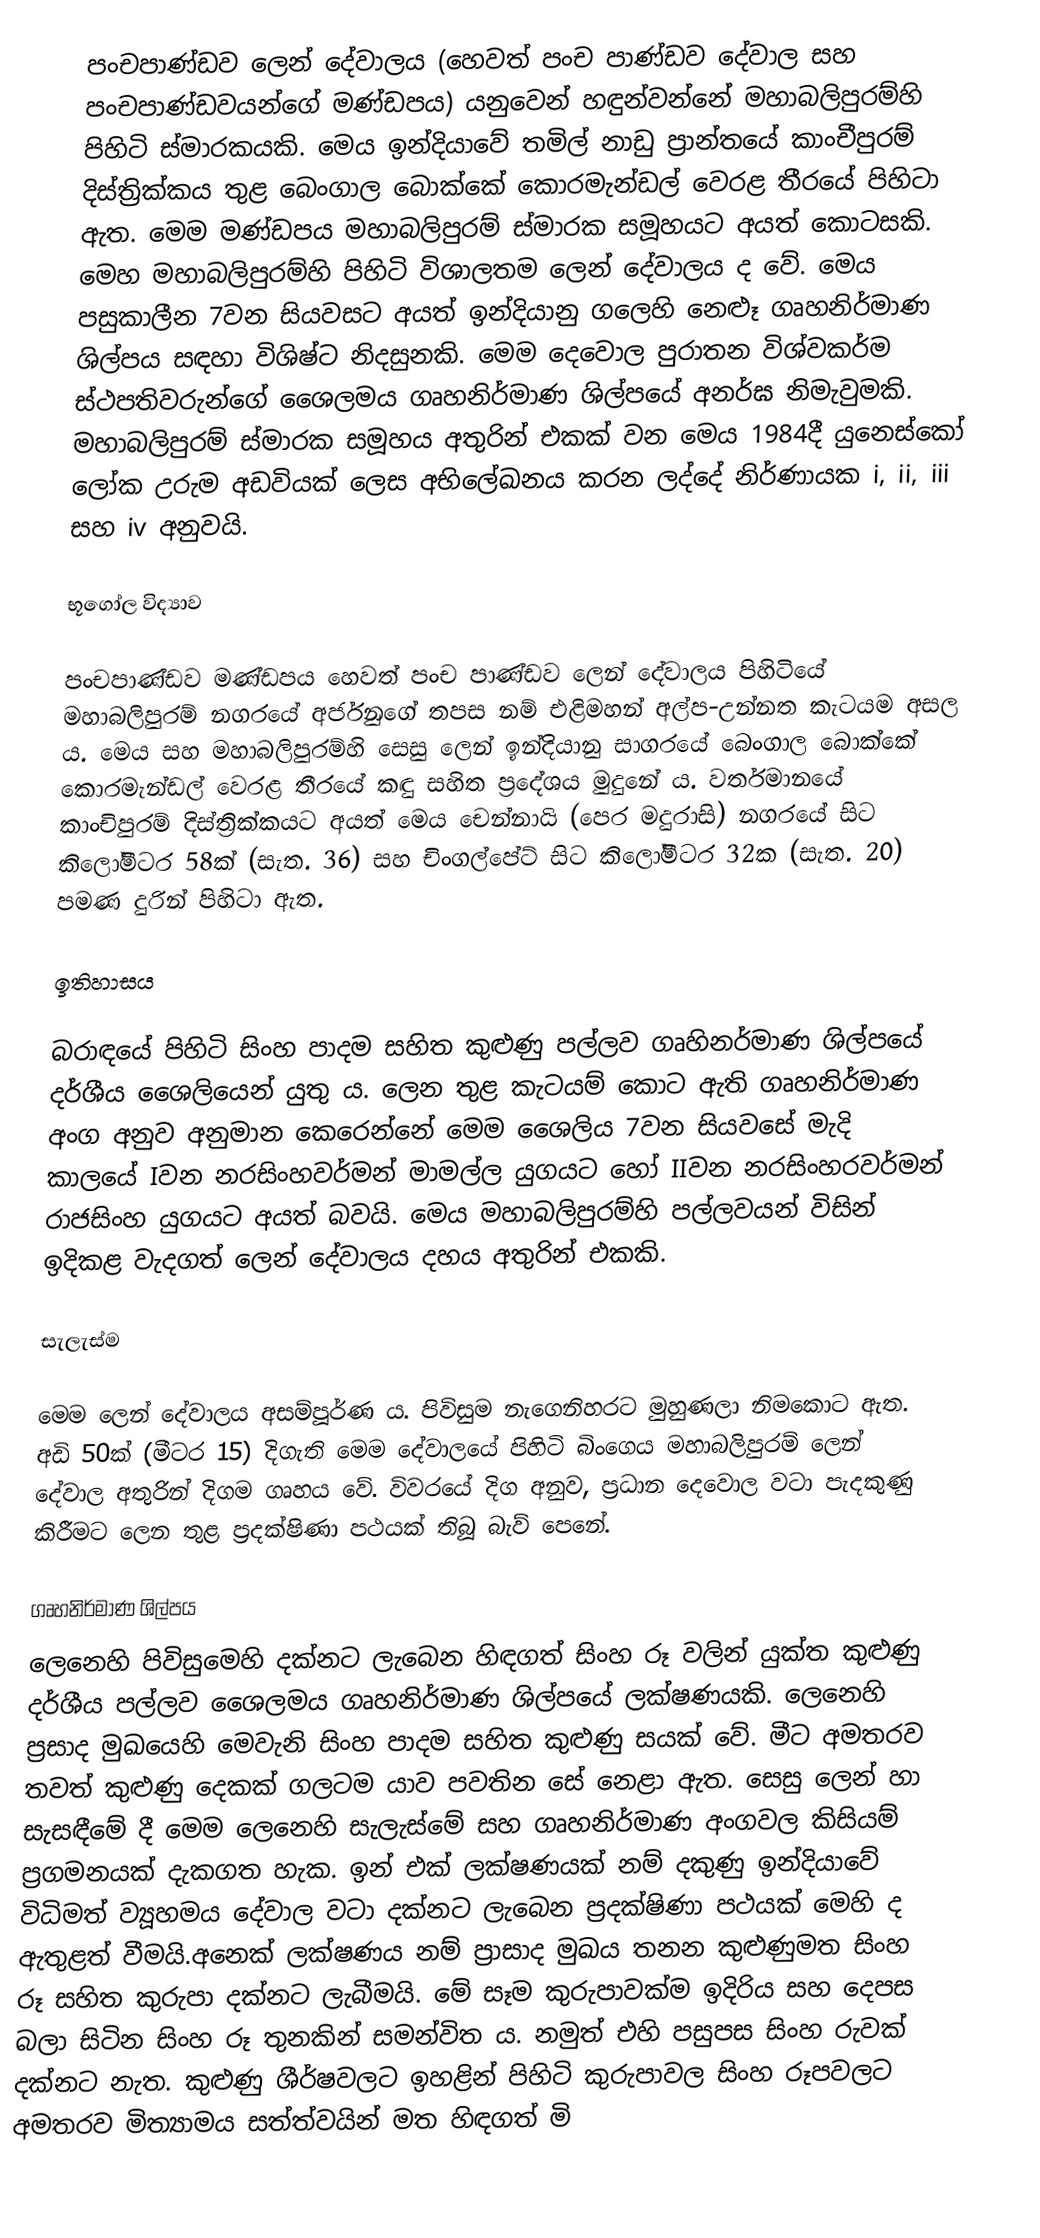
පංචපාණ්ඩව ලෙන් දේවාලය (හෙවත් පංච පාණ්ඩව දේවාල සහ පංචපාණ්ඩවයන්ගේ මණ්ඩපය) යනුවෙන් හඳුන්වන්නේ මහාබලිපුරම්හි පිහිටි ස්මාරකයකි. මෙය ඉන්දියාවේ තමිල් නාඩු ප්‍රාන්තයේ කාංචීපුරම් දිස්ත්‍රික්කය තුළ බෙංගාල බොක්කේ කොරමැන්ඩල් වෙරළ තීරයේ පිහිටා ඇත. මෙම මණ්ඩපය මහාබලිපුරම් ස්මාරක සමූහයට අයත් කොටසකි. මෙහ මහාබලිපුරම්හි පිහිටි විශාලතම ලෙන් දේවාලය ද වේ. මෙය පසුකාලීන 7වන සියවසට අයත් ඉන්දියානු ගලෙහි නෙළූ ගෘහනිර්මාණ ශිල්පය සඳහා විශිෂ්ට නිදසුනකි. මෙම දෙවොල පුරාතන විශ්වකර්ම ස්ථපතිවරුන්ගේ ශෛලමය ගෘහනිර්මාණ ශිල්පයේ අනර්ඝ නිමැවුමකි. මහාබලිපුරම් ස්මාරක සමූහය අතුරින් එකක් වන මෙය 1984දී යුනෙස්කෝ ලෝක උරුම අඩවියක් ලෙස අභිලේඛනය කරන ලද්දේ නිර්ණායක i, ii, iii සහ iv අනුවයි.

භූගෝල විද්‍යාව

පංචපාණ්ඩව මණ්ඩපය හෙවත් පංච පාණ්ඩව ලෙන් දේවාලය පිහිටියේ මහාබලිපුරම් නගරයේ අර්ජුනගේ තපස නම් එළිමහන් අල්ප-උන්නත කැටයම අසල ය. මෙය සහ මහාබලිපුරම්හි සෙසු ලෙන් ඉන්දියානු සාගරයේ බෙංගාල බොක්කේ කොරමැන්ඩල් වෙරළ තීරයේ කඳු සහිත ප්‍රදේශය මුදුනේ ය. වර්තමානයේ කාංචිපුරම් දිස්ත්‍රික්කයට අයත් මෙය චෙන්නායි (පෙර මදුරාසි) නගරයේ සිට කිලෝමීටර 58ක් (සැත. 36) සහ චිංගල්පේට් සිට කිලෝමීටර 32ක (සැත. 20) පමණ දුරින් පිහිටා ඇත.

ඉතිහාසය

බරාඳයේ පිහිටි සිංහ පාදම සහිත කුළුණු පල්ලව ගෘහිනර්මාණ ශිල්පයේ දර්ශීය ශෛලියෙන් යුතු ය. ලෙන තුළ කැටයම් කොට ඇති ගෘහනිර්මාණ අංග අනුව අනුමාන කෙරෙන්නේ මෙම ශෛලිය 7වන සියවසේ මැදි කාලයේ Iවන නරසිංහවර්මන් මාමල්ල යුගයට හෝ  IIවන නරසිංහරවර්මන් රාජසිංහ යුගයට අයත් බවයි. මෙය මහාබලිපුරම්හි පල්ලවයන් විසින් ඉදිකළ වැදගත් ලෙන් දේවාලය දහය අතුරින් එකකි.

සැලැස්ම

මෙම ලෙන් දේවාලය අසම්පූර්ණ ය. පිවිසුම නැගෙනිහරට මුහුණලා නිමකොට ඇත. අඩි 50ක් (මීටර 15) දිගැති මෙම දේවාලයේ පිහිටි බිංගෙය මහාබලිපුරම් ලෙන් දේවාල අතුරින් දිගම ගෘහය වේ. විවරයේ දිග අනුව, ප්‍රධාන දෙවොල වටා පැදකුණු කිරීමට ලෙන තුළ ප්‍රදක්ෂිණා පථයක් තිබූ බැව් පෙනේ.

ගෘහනිර්මාණ ශිල්පය
ලෙනෙහි පිවිසුමෙහි දක්නට ලැබෙන හිඳගත් සිංහ රූ වලින් යුක්ත කුළුණු දර්ශීය පල්ලව ශෛලමය ගෘහනිර්මාණ ශිල්පයේ ලක්ෂණයකි. ලෙනෙහි ප්‍රසාද මුඛයෙහි මෙවැනි සිංහ පාදම සහිත කුළුණු සයක් වේ. මීට අමතරව තවත් කුළුණු දෙකක් ගලටම යාව පවතින සේ නෙළා ඇත. සෙසු ලෙන් හා සැසඳීමේ දී මෙම ලෙනෙහි සැලැස්මේ සහ ගෘහනිර්මාණ අංගවල කිසියම් ප්‍රගමනයක් දැකගත හැක. ඉන් එක් ලක්ෂණයක් නම් දකුණු ඉන්දියාවේ විධිමත් ව්‍යූහමය දේවාල වටා දක්නට ලැබෙන ප්‍රදක්ෂිණා පථයක් මෙහි ද ඇතුළත් වීමයි.අනෙක් ලක්ෂණය නම් ප්‍රාසාද මුඛය තනන කුළුණුමත සිංහ රූ සහිත කුරුපා දක්නට ලැබීමයි. මේ සෑම කුරුපාවක්ම ඉදිරිය සහ දෙපස බලා සිටින සිංහ රූ තුනකින් සමන්විත ය. නමුත් එහි  පසුපස සිංහ රුවක් දක්නට නැත. කුළුණු ශීර්ෂවලට ඉහළින් පිහිටි කුරුපාවල සිංහ රූපවලට අමතරව මිත්‍යාමය සත්ත්වයින් මත හිඳගත් මි